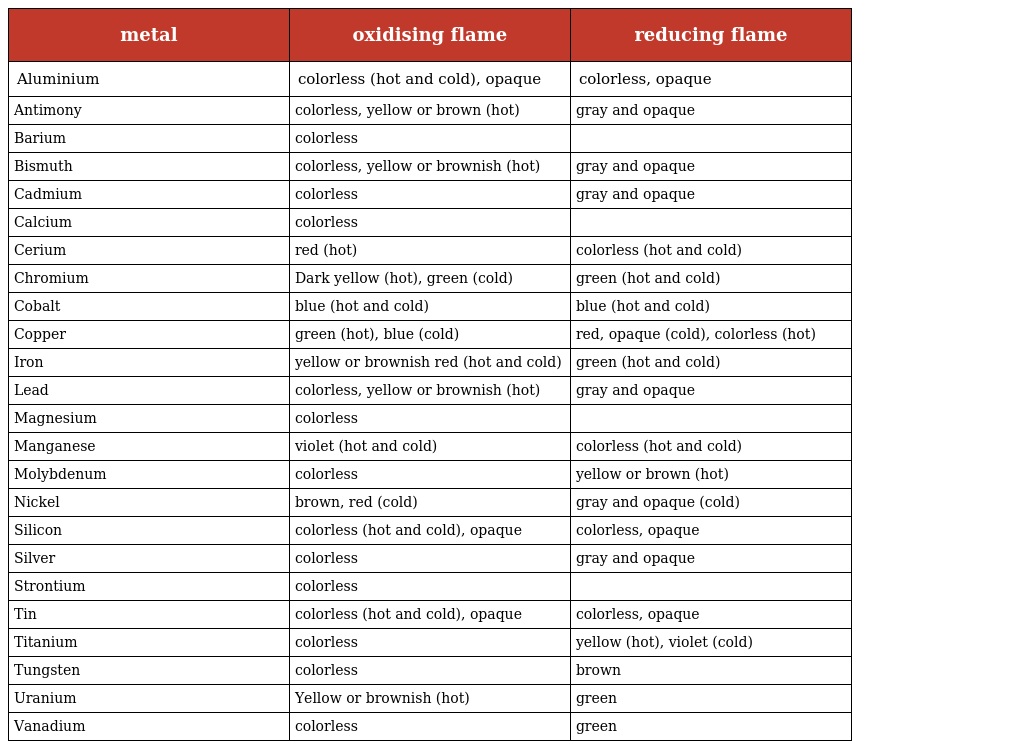
| metal | oxidising flame | reducing flame |
 | --- | --- | --- |
 | Aluminium | colorless (hot and cold), opaque | colorless, opaque |
 | Antimony | colorless, yellow or brown (hot) | gray and opaque |
 | Barium | colorless |  |
 | Bismuth | colorless, yellow or brownish (hot) | gray and opaque |
 | Cadmium | colorless | gray and opaque |
 | Calcium | colorless |  |
 | Cerium | red (hot) | colorless (hot and cold) |
 | Chromium | Dark yellow (hot), green (cold) | green (hot and cold) |
 | Cobalt | blue (hot and cold) | blue (hot and cold) |
 | Copper | green (hot), blue (cold) | red, opaque (cold), colorless (hot) |
 | Iron | yellow or brownish red (hot and cold) | green (hot and cold) |
 | Lead | colorless, yellow or brownish (hot) | gray and opaque |
 | Magnesium | colorless |  |
 | Manganese | violet (hot and cold) | colorless (hot and cold) |
 | Molybdenum | colorless | yellow or brown (hot) |
 | Nickel | brown, red (cold) | gray and opaque (cold) |
 | Silicon | colorless (hot and cold), opaque | colorless, opaque |
 | Silver | colorless | gray and opaque |
 | Strontium | colorless |  |
 | Tin | colorless (hot and cold), opaque | colorless, opaque |
 | Titanium | colorless | yellow (hot), violet (cold) |
 | Tungsten | colorless | brown |
 | Uranium | Yellow or brownish (hot) | green |
 | Vanadium | colorless | green |